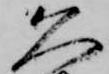
久